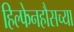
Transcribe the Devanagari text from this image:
हिल्फेनहौसच्या